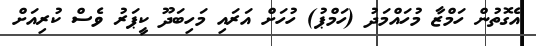
އެގޮތުން ހަމްޒާ މުހައްމަދު (ހަމްޕު) ހުހަށް އަރައި މަހިބަދޫ ކީޕަރު ވެސް ކުރިއަށް